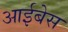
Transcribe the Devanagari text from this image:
आईबेस